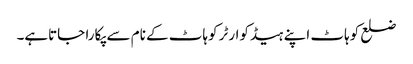
ضلع کوہاٹ اپنے ہیڈکوارٹر کوہاٹ کے نام سے پکارا جاتاہے۔